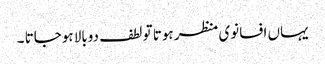
یہاں افسانوی منظر ہوتا تو لطف دوبالا ہوجاتا ۔